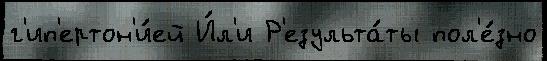
г'ип'ертон'и́ей И́л'и Р'езульта́ты пол'е́зно